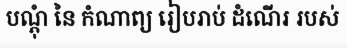
បណ្តុំ នៃ កំណាព្យ រៀបរាប់ ដំណើរ របស់